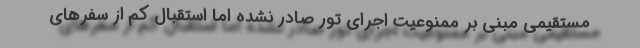
مستقیمی مبنی بر ممنوعیت اجرای تور صادر نشده اما استقبال کم از سفرهای